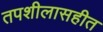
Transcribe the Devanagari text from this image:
तपशीलासहीत